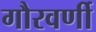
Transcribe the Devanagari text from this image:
गौरवर्णी